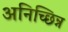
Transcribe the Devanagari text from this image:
अनिच्छिन्न